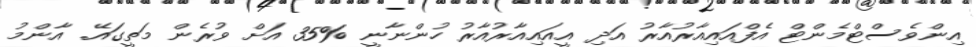
އިންވެސްޓްމެންޓް އެފްއައިއާރުއާރު އަދި އީއައިއާރުއާރު ހުންނާނީ %35 އަށް ވުރެން މަތީގައޭ. އާންމު